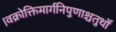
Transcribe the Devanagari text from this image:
।वक्रोक्तिमार्गनिपुणाश्चतुर्थों